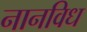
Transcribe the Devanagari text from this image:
नानविध